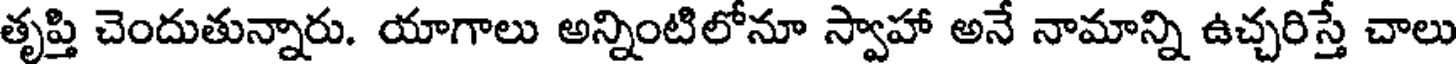
తృప్తి చెందుతున్నారు. యాగాలు అన్నింటిలోనూ స్వాహా అనే నామాన్ని ఉచ్చరిస్తే చాలు